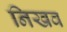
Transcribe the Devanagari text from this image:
निखव